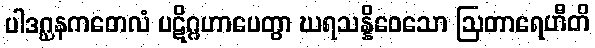
ပါဒဂ္ဃနကတေလံ ပဋိဂ္ဂဟာပေတွာ ဃရသန္နိဝေသော ဩတာရေဟီတိ